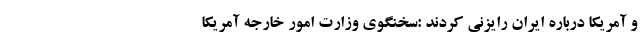
و آمریکا درباره ایران رایزنی کردند :سخنگوی وزارت امور خارجه آمریکا